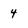
Character: 4